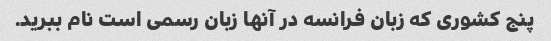
پنج کشوری که زبان فرانسه در آنها زبان رسمی است نام ببرید.